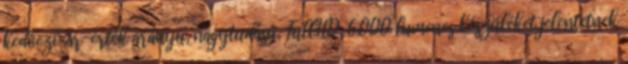
kedvező ár-érték arányú, nagytudású, FullHD, 6.000 lumenes készüléket jelentetnek